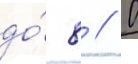
до́ 8 // 0